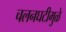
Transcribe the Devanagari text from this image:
चलनघटीमुळे